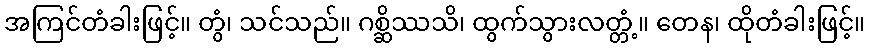
အကြင်တံခါးဖြင့်။ တွံ၊ သင်သည်။ ဂစ္ဆိဿသိ၊ ထွက်သွားလတ္တံ့။ တေန၊ ထိုတံခါးဖြင့်။